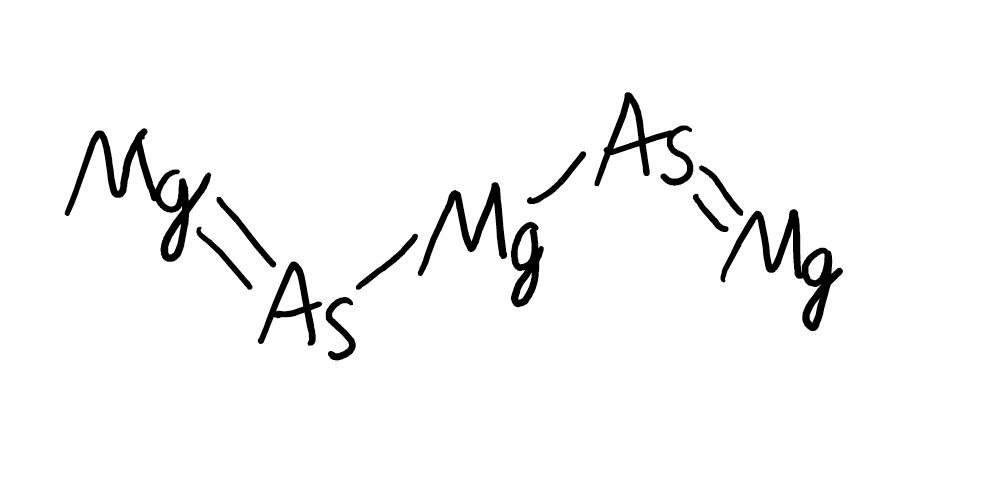
Simplified molecular-input line-entry system (SMILES) notation of the given molecule:
[Mg]=[As][Mg][As]=[Mg]